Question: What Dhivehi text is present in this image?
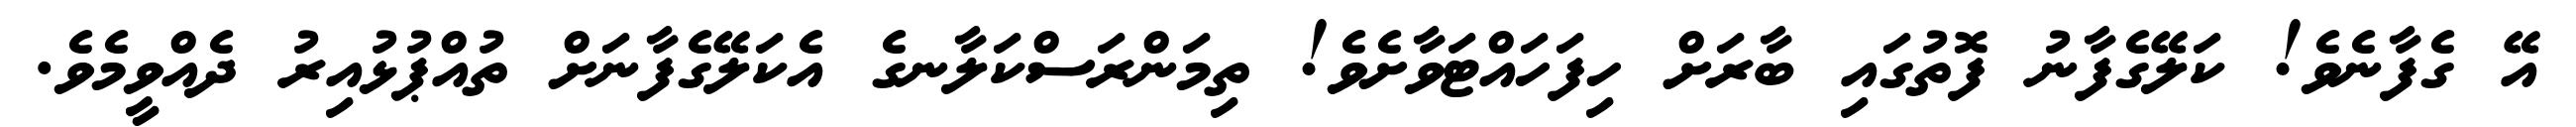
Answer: އޭ ގެފާނެވެ! ކަލޭގެފާނު ފޮތުގައި ބާރަށް ހިފަހައްޓަވާށެވެ! ތިމަންރަސްކަލާނގެ އެކަލޭގެފާނަށް ތުއްޕުޅުއިރު ދެއްވީމެވެ.